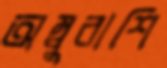
অম্বুরাশি